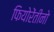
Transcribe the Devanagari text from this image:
फियोरेंतीनो